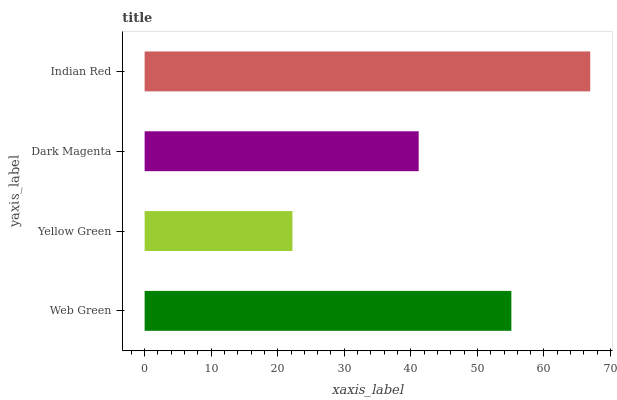
| yaxis_label | bars |
 | --- | --- |
 | Web Green | 55.1 |
 | Yellow Green | 22.2 |
 | Dark Magenta | 41.2 |
 | Indian Red | 66.9 |